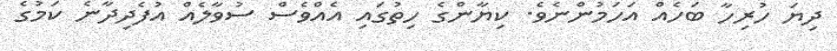
ދިޔަ ހުރިހާ ބަހެއް އަހަަމުންނެވެ. ކިޔާންގެ ހިތުގައި އެއްވެސް ސުވާލެއް އުފެދިދާނެ ކަމުގެ